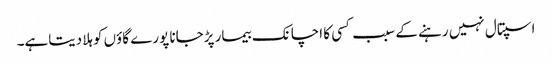
اسپتال نہیں رہنے کے سبب کسی کا اچانک بیمار پڑجانا پورے گاؤں کوہلا دیتاہے۔